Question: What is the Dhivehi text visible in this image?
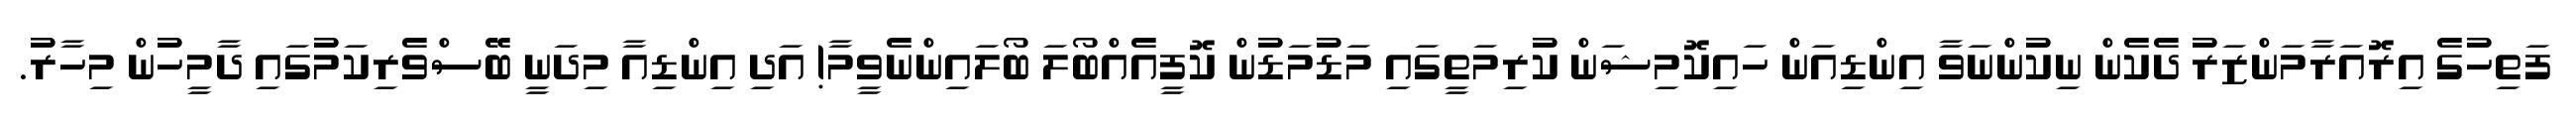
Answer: ފަތިހުގެ އިރޮއަރާމަންޒަރު ދެކެން ނިކުންނަވާ އިންޑިއަން ހައިކޮމިޝަން ކުރިމަތީގައި މަޑުމަޑުން ކޮފީއެއްބޯލަ ބޯލައިންނެވީމާ! އަދި އިންޑިއާ މިދަނީ ބޭސްވެރިކަމުގައި ދާމީހުން މިހާރު.